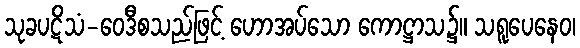
သုခပဋိသံ-ဝေဒီစသည်ဖြင့် ဟောအပ်သော ကောဋ္ဌာသ၌။ သရူပေနေဝ၊